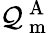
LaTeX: \mathcal{Q}_{\mathrm{{~m~}}}^{\mathrm{{~A~}}}